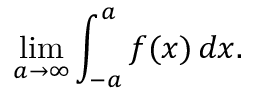
\operatorname* { l i m } _ { a \to \infty } \int _ { - a } ^ { a } f ( x ) \, d x .